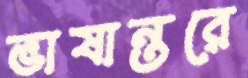
ভাষান্তরে